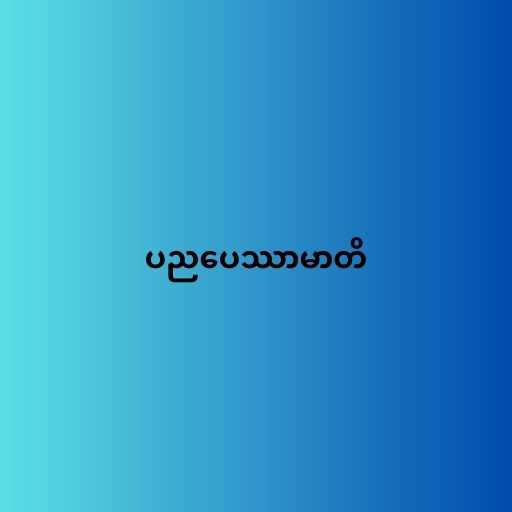
ပညပေဿာမာတိ